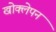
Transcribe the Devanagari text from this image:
खोक्लेपन